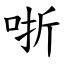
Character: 哳